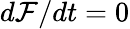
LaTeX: d\mathcal{F}/dt=0